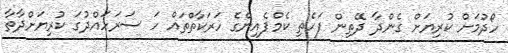
ހޯދުމަށް ކުރިޔަށް ގެންދާ ދޭތިން ފަހެތި ކެމްޕެއިންގެ ހަރަކާތްތައް ހަ ސަރަހައްދުގަ ކުރިޔަށްދާތާ